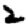
Digit: 2